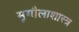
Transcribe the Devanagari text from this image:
मृगौलाशास्त्र